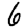
Digit: 6